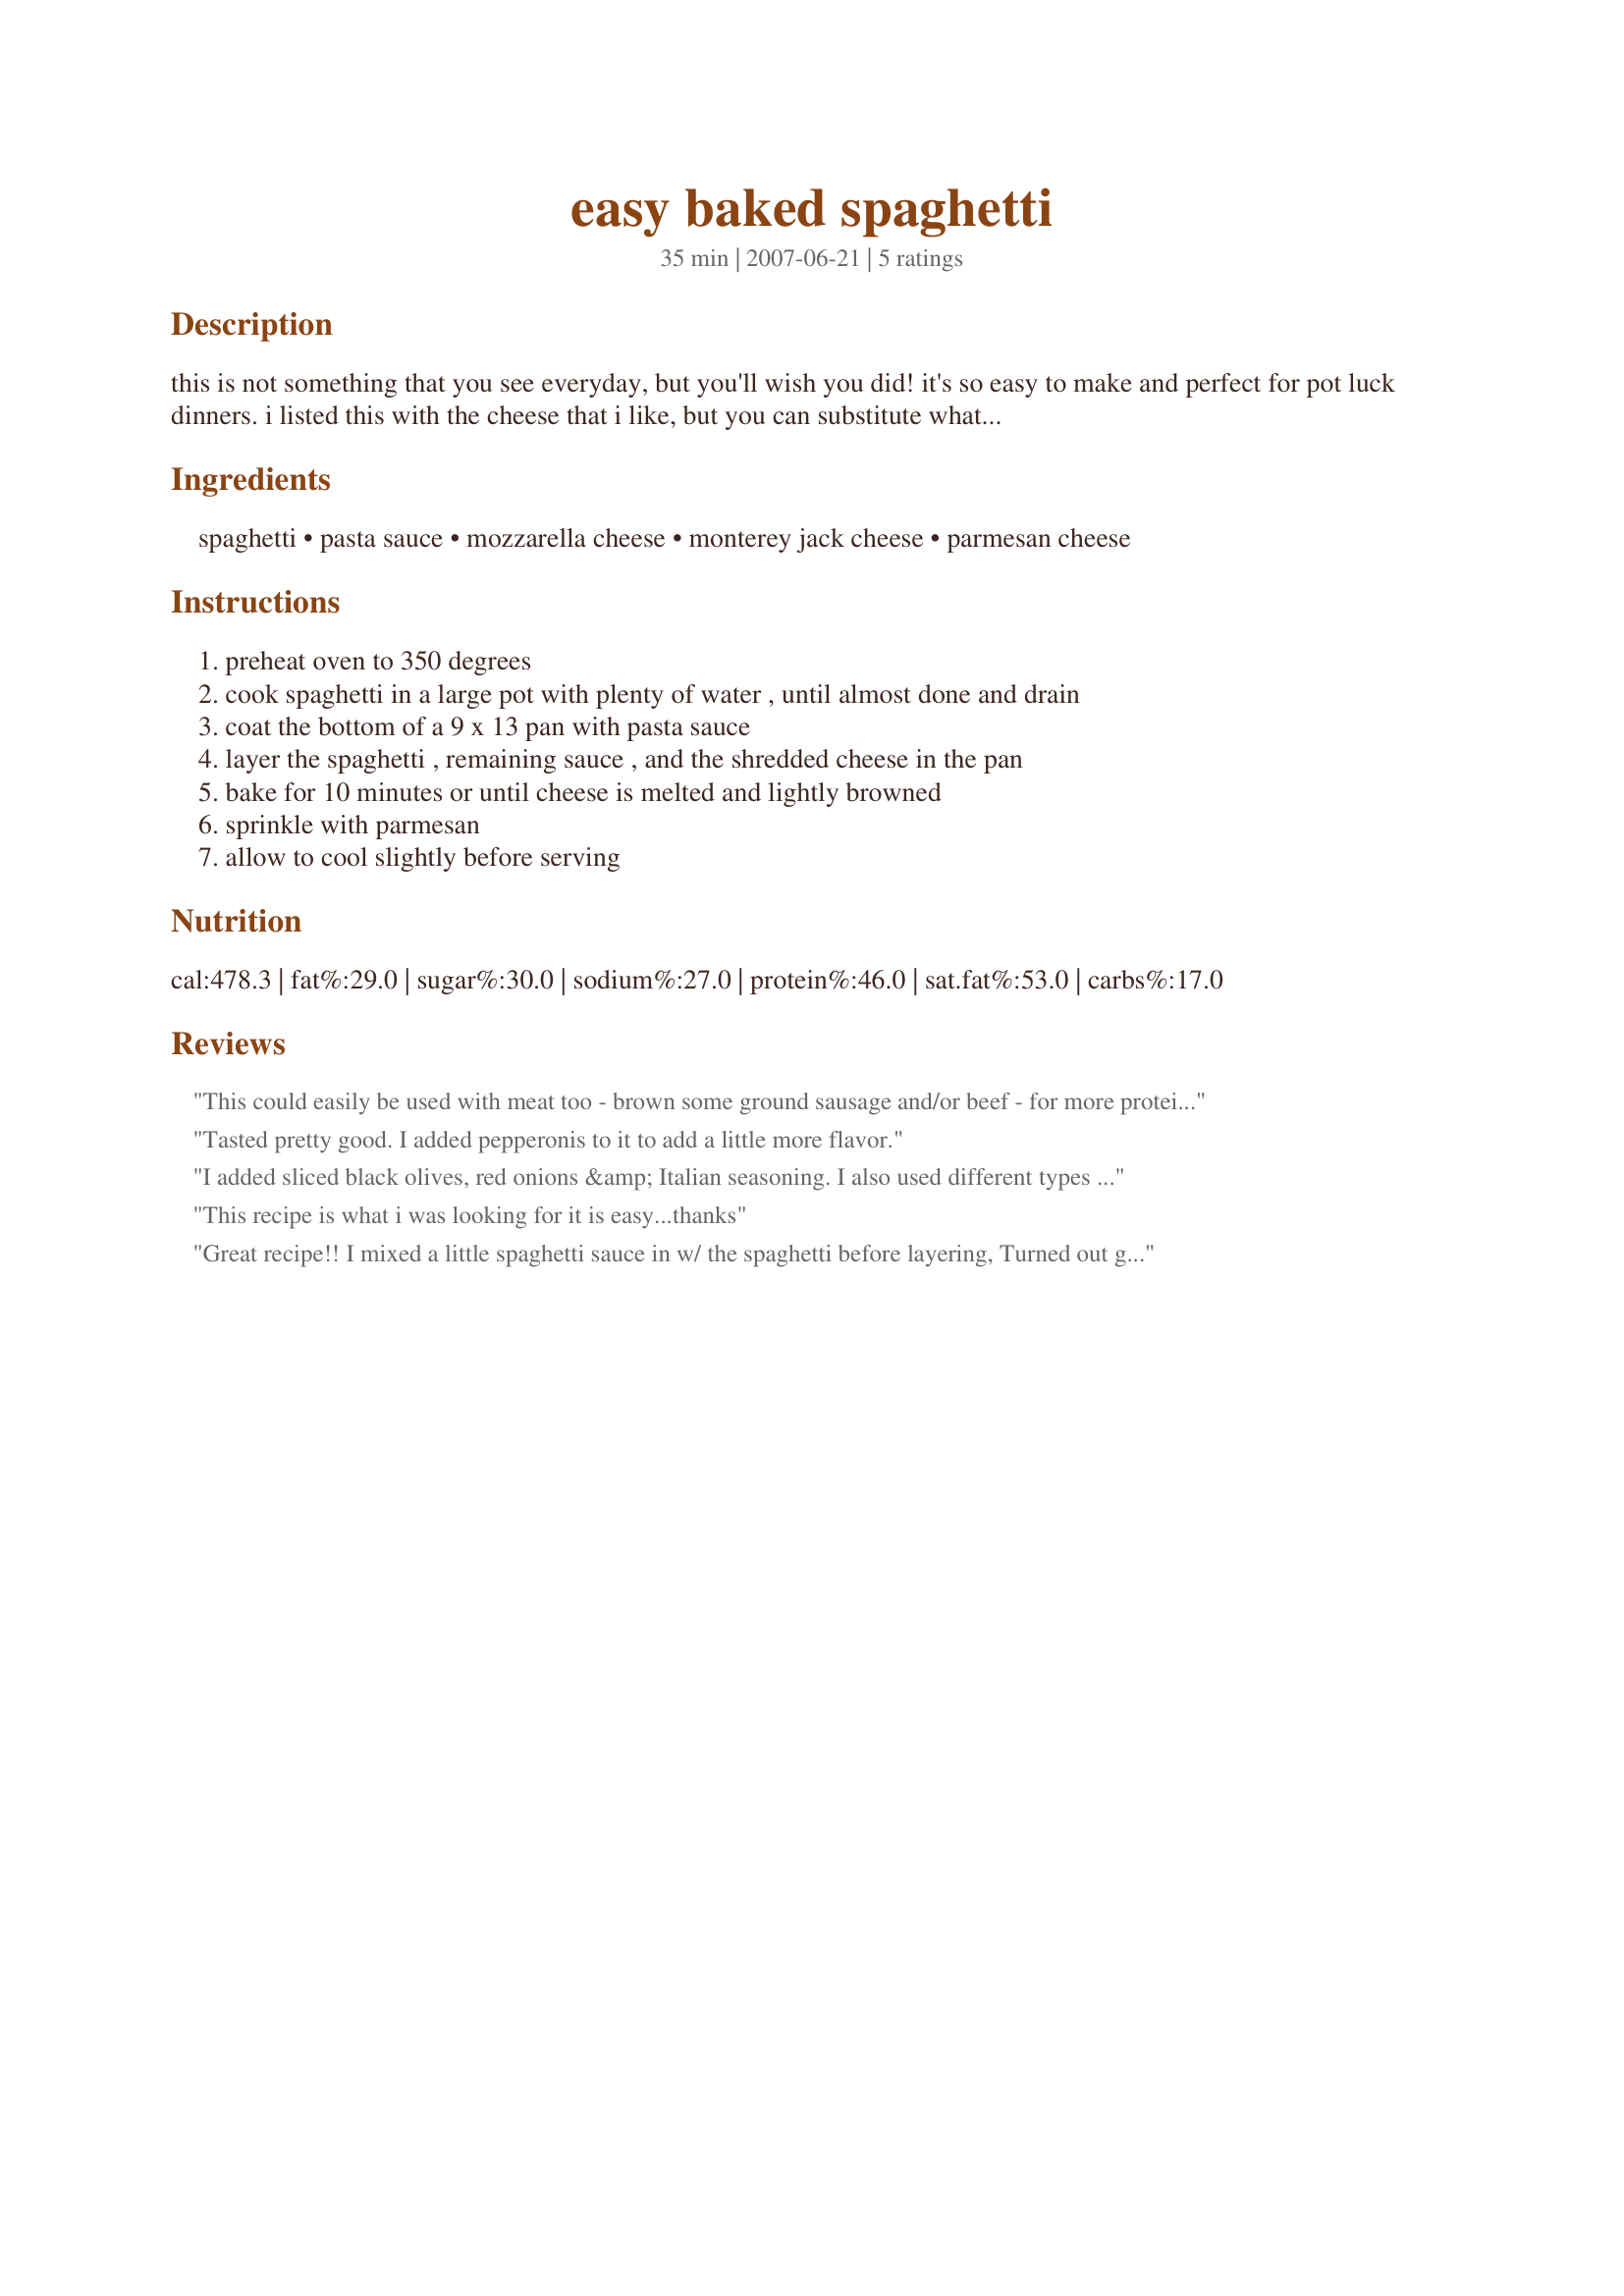
easy baked spaghetti
Preparation time: 35 minutes

this is not something that you see everyday, but you'll wish you did! it's so easy to make and perfect for pot luck dinners. i listed this with the cheese that i like, but you can substitute whatever you like. also, feel free to add veggies to the sauce. enjoy!

Ingredients:
spaghetti, pasta sauce, mozzarella cheese, monterey jack cheese, parmesan cheese

Steps:
preheat oven to 350 degrees, cook spaghetti in a large pot with plenty of water , until almost done and drain, coat the bottom of a 9 x 13 pan with pasta sauce, layer the spaghetti , remaining sauce , and the shredded cheese in the pan, bake for 10 minutes or until cheese is melted and lightly browned, sprinkle with parmesan, allow to cool slightly before serving

Reviews:
This could easily be used with meat too - brown some ground sausage and/or beef - for more protein. Also a good "use-up" for those broken pieces of spaghetti or other broken pasta that you always end up throwing away. This way, no one will notice! I would definitely add minced garlic too b/c I love it! I use jarred spaghetti sauce all the time, but always add more basil, oregano, or Italian Seasoning to make it more flavorful and more homemade like. I actually add a small can of diced tomatoes and cook them down, then mixing with the jarred sauce, to make my "homemade" sauce.
Tasted pretty good. I added pepperonis to it to add a little more flavor.
I added sliced black olives, red onions &amp; Italian seasoning. I also used different types of cheeses. Monterey jack, sharp cheddar &amp; mozzarella. Turned out great!!
This recipe is what i was looking for it is easy...thanks
Great recipe!! I mixed a little spaghetti sauce in w/ the spaghetti before layering, Turned out great! Very flavorful!
